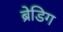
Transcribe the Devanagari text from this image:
ब्रेडिग